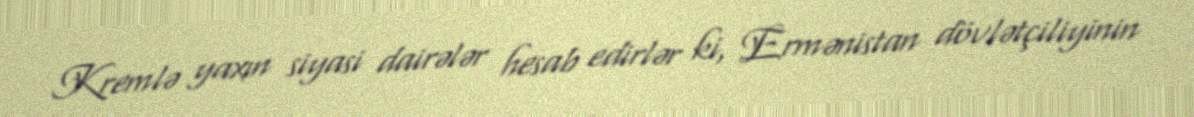
Kremlə yaxın siyasi dairələr hesab edirlər ki, Ermənistan dövlətçiliyinin